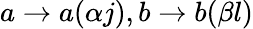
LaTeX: a\rightarrow a(\alpha j),b\rightarrow b(\beta l)